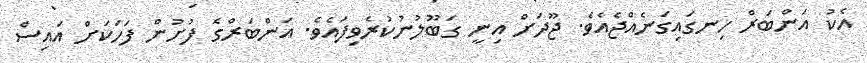
އެކު އަންބަރް ހިނގައިގަނެއްޖެއެވެ. ޖޫދަށް އިނީ ގަބޫލުނުކުރެވިފައެވެ. އަންބަރްގެ ފުށުން ފަހަކަށް އައިސް